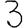
Digit: 3